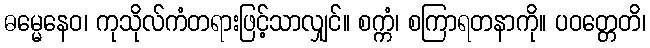
ဓမ္မေနေဝ၊ ကုသိုလ်ကံတရားဖြင့်သာလျှင်။ စက္ကံ၊ စကြာရတနာကို။ ပဝတ္တေတိ၊